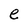
Character: e